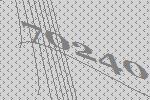
70240